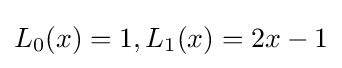
L_{0}(x)=1,L_{1}(x)=2x-1